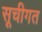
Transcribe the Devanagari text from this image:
सूचीगत